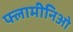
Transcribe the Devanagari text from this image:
फ्लामीनिओ